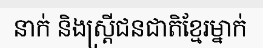
នាក់ និងស្ត្រីជនជាតិខ្មែរម្នាក់